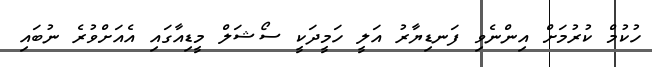
ހުކުމް ކުރުމަށް އިންނެވި ފަނޑިޔާރު އަލީ ހަމީދަކީ ސޯޝަލް މީޑިއާގައި އެއަށްވުރެ ނުބައި